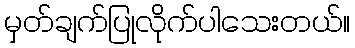
မှတ်ချက်ပြုလိုက်ပါသေးတယ်။